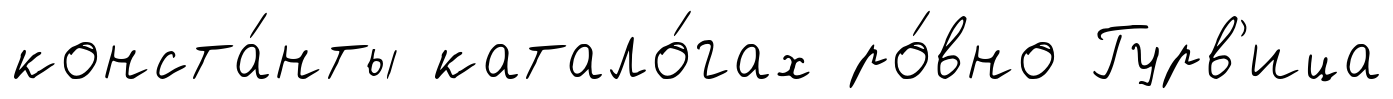
конста́нты катало́гах ро́вно Гурв'ица